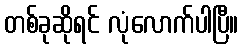
တစ်ခုဆိုရင် လုံလောက်ပါပြီ။